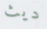
ديث